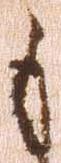
も